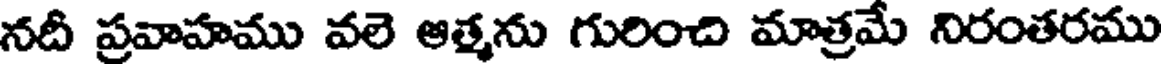
నదీ ప్రవాహము వలె ఆత్మను గురించి మాత్రమే నిరంతరము